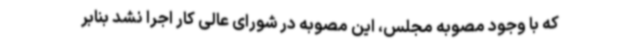
که با وجود مصوبه مجلس، این مصوبه در شورای عالی کار اجرا نشد بنابر